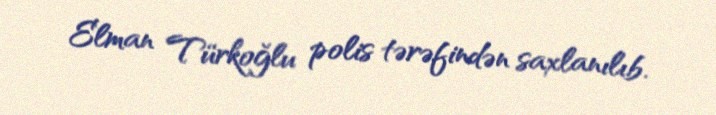
Elman Türkoğlu polis tərəfindən saxlanılıb.